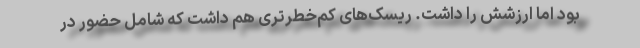
بود اما ارزشش را داشت. ریسک‌های کم‌خطرتری هم داشت که شامل حضور در